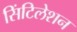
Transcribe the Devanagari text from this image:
सिंटिलेशन